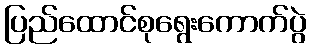
ပြည်ထောင်စုရွေးကောက်ပွဲ